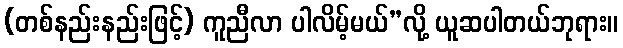
(တစ်နည်းနည်းဖြင့်) ကူညီလာ ပါလိမ့်မယ်”လို့ ယူဆပါတယ်ဘုရား။